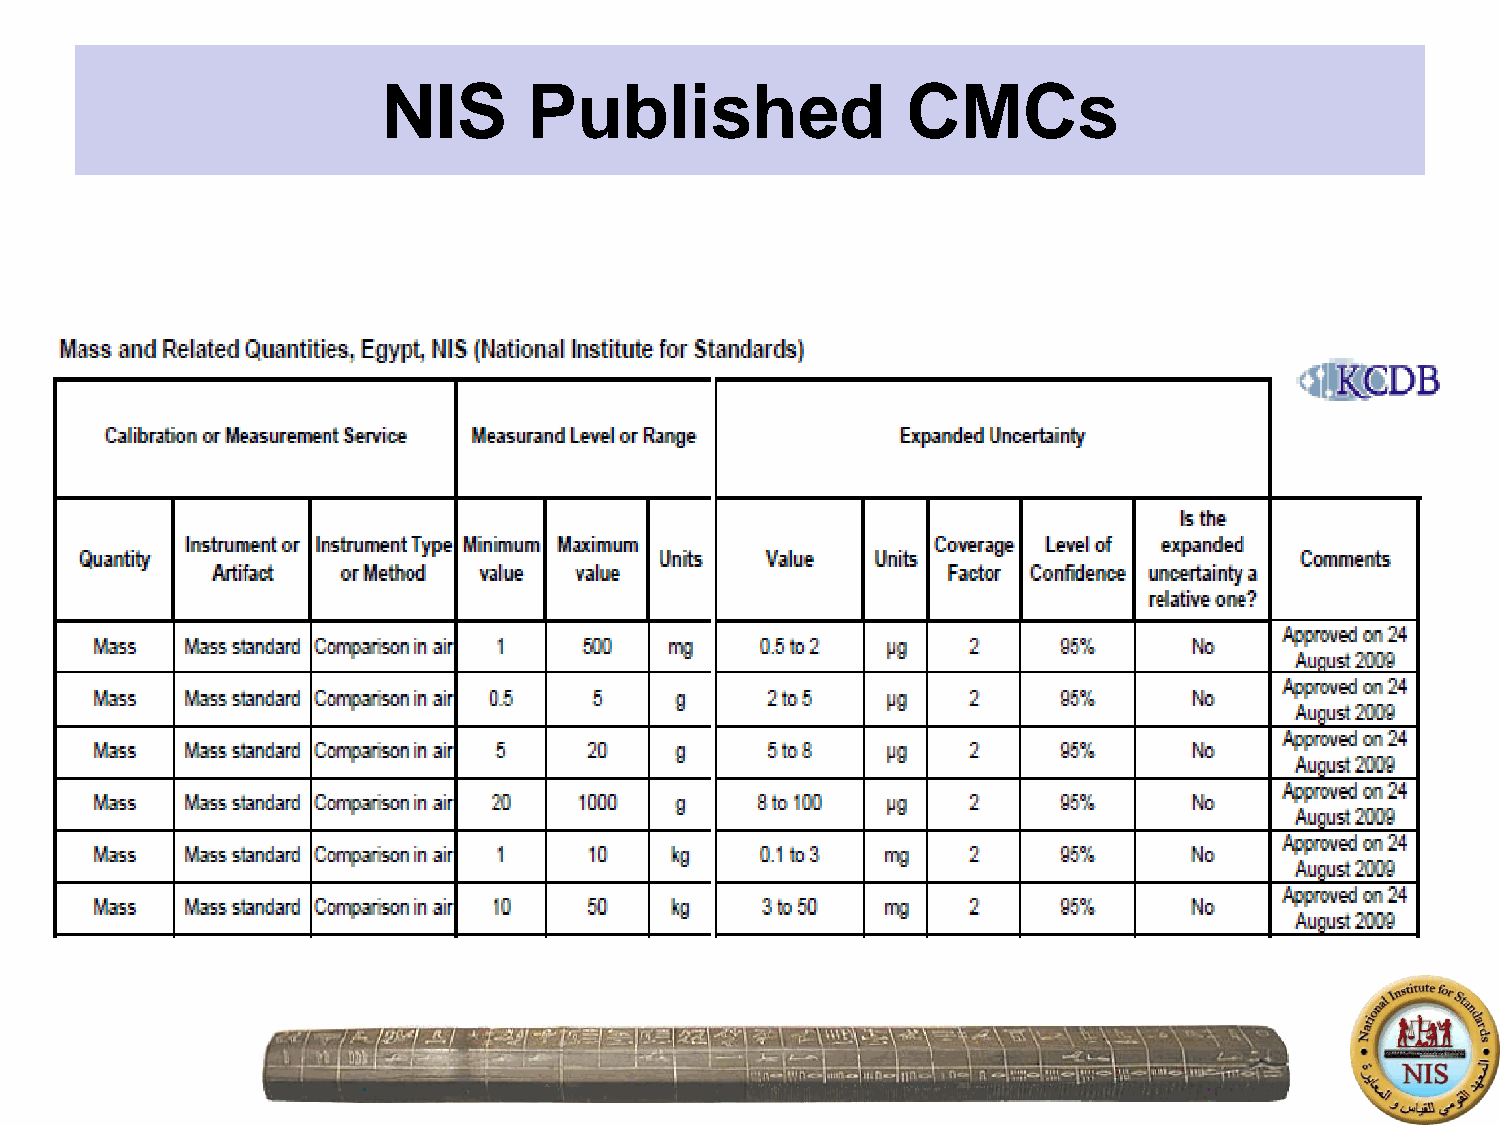
NIS       Published                CMCs